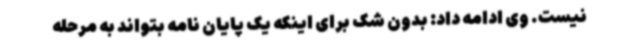
نیست. وی ادامه داد: بدون شک برای اینکه یک پایان نامه بتواند به مرحله